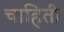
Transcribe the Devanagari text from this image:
चाहिती